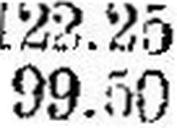
99.50